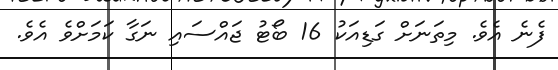
ފެނެ އެވެ. މިތަނަށް ގަޑިއަކު 16 ބޯޓު ޖައްސައި ނަގާ ކަމަށްވެ އެވެ.